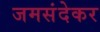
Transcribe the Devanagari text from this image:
जमसंदेकर